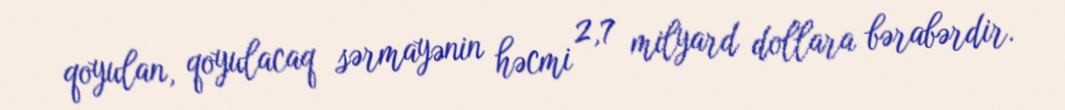
qoyulan, qoyulacaq sərmayənin həcmi 2,7 milyard dollara bərabərdir.